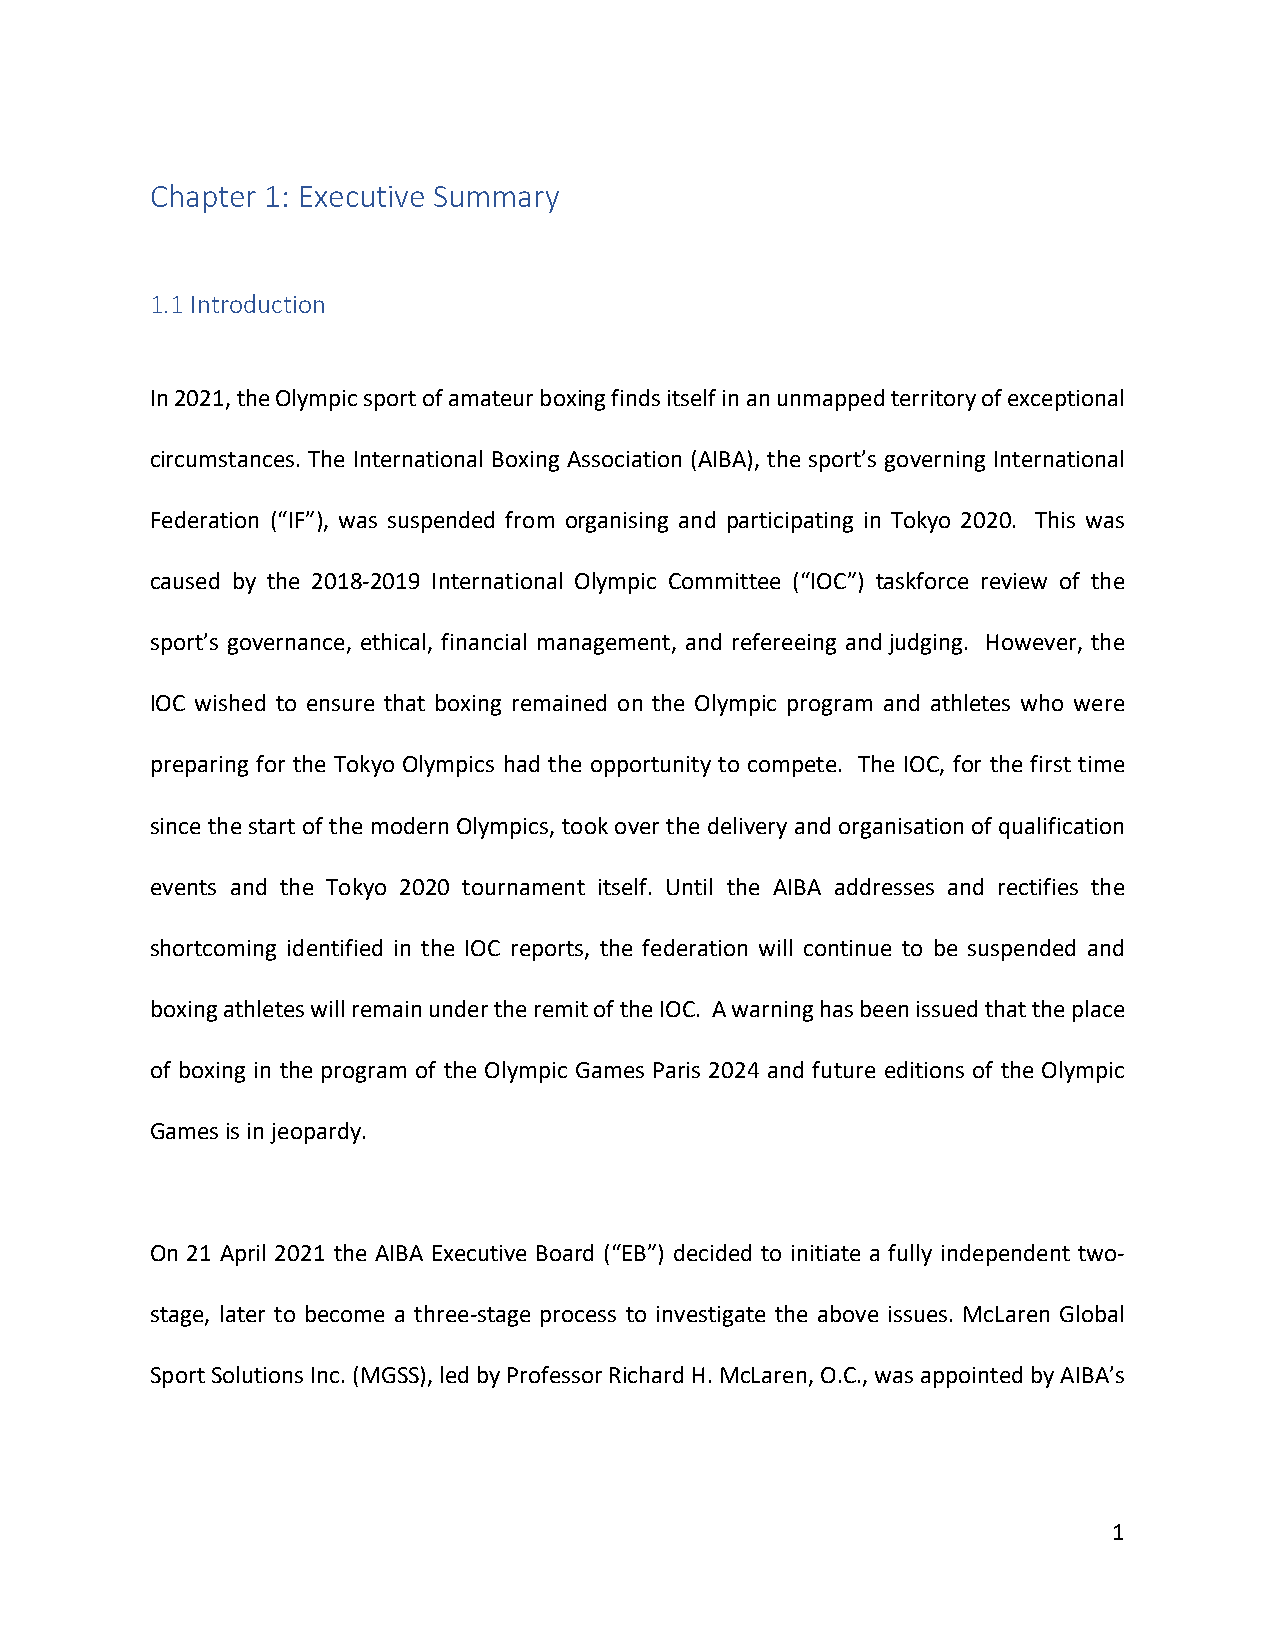
Chapter 1: Executive Summary
 1.1 Introduction
 In 2021, the Olympic sport of amateur boxing finds itself in an unmapped territory of exceptional
 circumstances. The International Boxing Association (AIBA), the sport’s governing International
 Federation (“IF”), was suspended from organising and participating in Tokyo 2020. This was
 caused by the 2018-2019 International Olympic Committee (“IOC”) taskforce review of the
 sport’s governance, ethical, financial management, and refereeing and judging. However, the
 IOC wished to ensure that boxing remained on the Olympic program and athletes who were
 preparing for the Tokyo Olympics had the opportunity to compete. The IOC, for the first time
 since the start of the modern Olympics, took over the delivery and organisation of qualification
 events and the Tokyo 2020 tournament itself. Until the AIBA addresses and rectifies the
 shortcoming identified in the IOC reports, the federation will continue to be suspended and
 boxing athletes will remain under the remit of the IOC. A warning has been issued that the place
 of boxing in the program of the Olympic Games Paris 2024 and future editions of the Olympic
 Games is in jeopardy.
 On 21 April 2021 the AIBA Executive Board (“EB”) decided to initiate a fully independent two-
 stage, later to become a three-stage process to investigate the above issues. McLaren Global
 Sport Solutions Inc. (MGSS), led by Professor Richard H. McLaren, O.C., was appointed by AIBA’s
 1